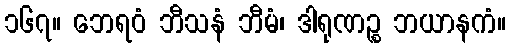
၁၆၇။ ဘေရဝံ ဘီသနံ ဘီမံ၊ ဒါရုဏဉ္စ ဘယာနကံ။